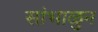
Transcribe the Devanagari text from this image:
सांभाळुन